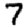
Digit: 7